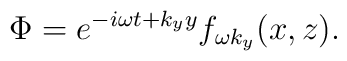
\Phi = e^{- i \omega t + k_y y} f_{\omega k_y} (x,z).